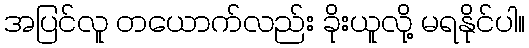
အပြင်လူ တယောက်လည်း ခိုးယူလို့ မရနိုင်ပါ။